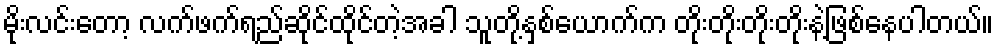
မိုးလင်းတော့ လက်ဖက်ရည်ဆိုင်ထိုင်တဲ့အခါ သူတို့နှစ်ယောက်က တိုးတိုးတိုးတိုးနဲ့ဖြစ်နေပါတယ်။